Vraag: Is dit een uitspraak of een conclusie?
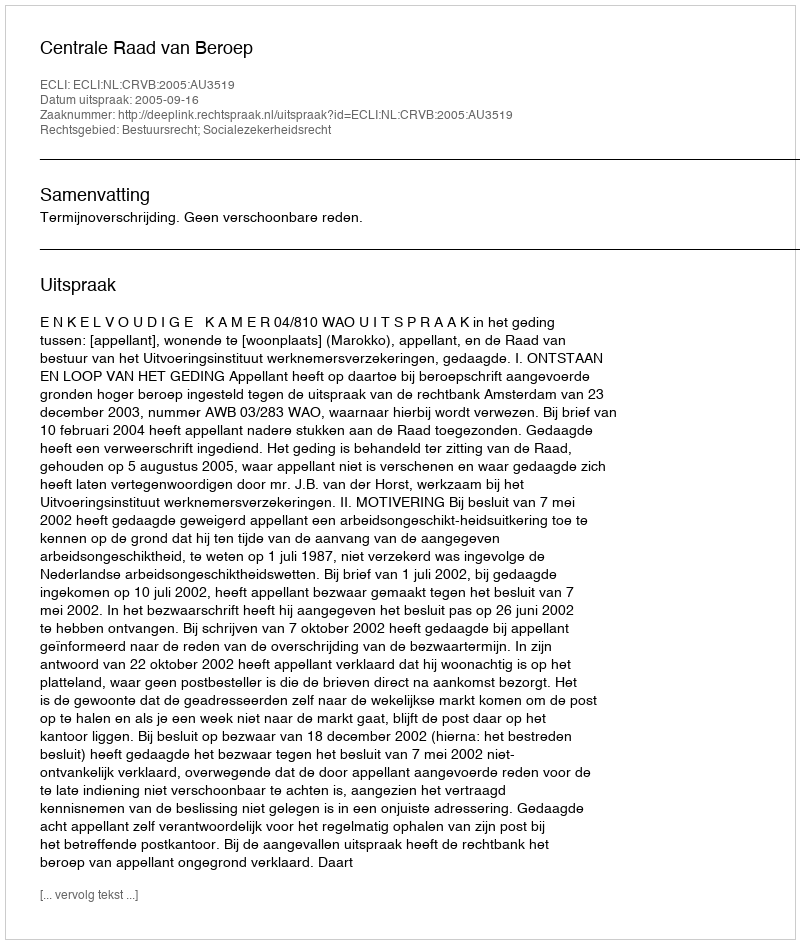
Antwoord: Uitspraak